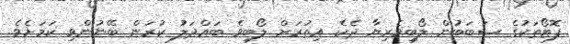
ފޮޓޯތަކުގެ ސަބަބުން ލޯބިވެރިޔާ ދެކެ އިތުރަށް ލޯބިވެ ބައްދަލު ކުރަން ބޭނުންވި ކަމަށެވެ.